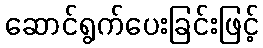
ဆောင်ရွက်ပေးခြင်းဖြင့်